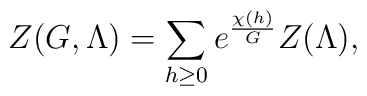
Z(G,\Lambda) = \sum_{h\geq 0} e^{\frac{\chi(h)}{G}} Z(\Lambda),